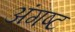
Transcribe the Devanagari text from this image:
अंगष्ट